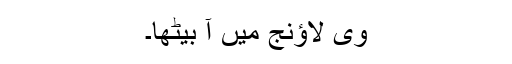
وی لاؤنج میں آ بیٹھا۔